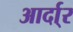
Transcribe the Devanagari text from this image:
आर्दा्र